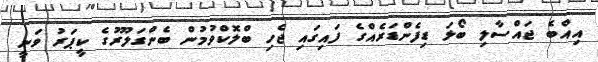
އިއްބެ ޖައްސާލި ބޯޅަ ޑިފެންޑަރެއްގެ ފައިގައި ޖެހި ބްލޮކްވުމުން ބެންގަލޫރުގެ ކީޕަރު ވަނީ